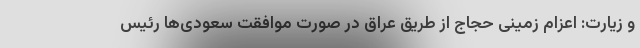
و زیارت: اعزام زمینی حجاج از طریق عراق در صورت موافقت سعودی‌ها رئیس